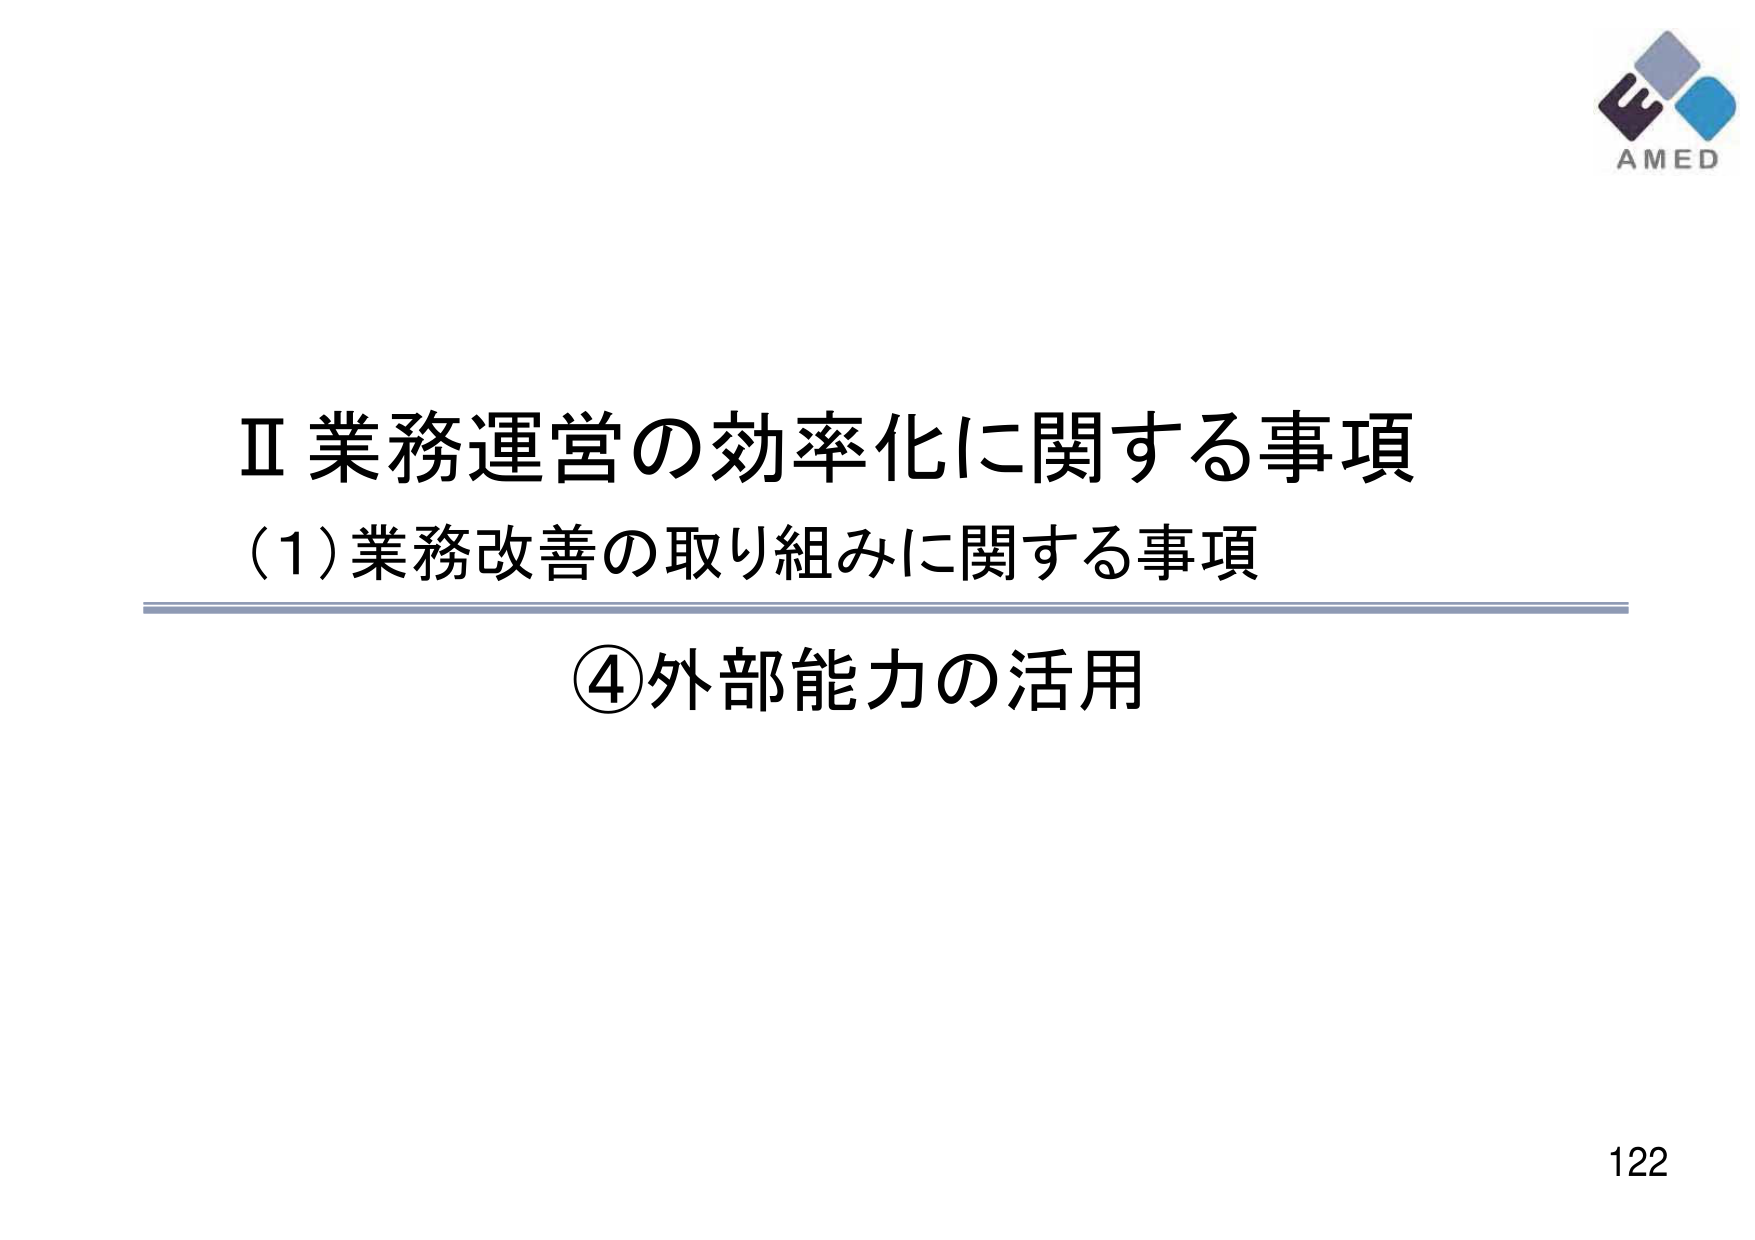
Ⅱ 業務運営の効率化に関する事項
(1) 業務改善の取り組みに関する事項
④ 外部能力の活用
AMED
122